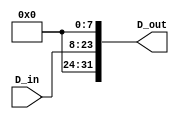
module lshifter(
  D_in,
  D_out
  );
  
  // Block Parameter 
  parameter DATA_WIDTH                   = 16;
  parameter LSHIFT_AMOUNT                = 8;
  
  // Block Input Port
  input  [DATA_WIDTH-1:0]                D_in; 
  
  // Block Output Port
  output [2*DATA_WIDTH-1:0]              D_out;
  
  // Block Input Wire/Reg
  wire   [DATA_WIDTH-1:0]                D_in;
  
  // Block Output Wire/Reg 
  wire   [2*DATA_WIDTH-1:0]              D_out;
  
  // Local Wire/Reg
  wire   [DATA_WIDTH-LSHIFT_AMOUNT-1:0]  prefix;
  wire   [LSHIFT_AMOUNT-1:0]             suffix;
  
  // Structural Definition
  assign prefix = 0;
  
  
  generate
   if(LSHIFT_AMOUNT==0) 
     begin : generate_no_lshift
       assign D_out = {prefix,D_in};
     end
   else 
     begin : generate_lshift
       assign D_out = {prefix,D_in,suffix};
       assign suffix = 0;
     end
  endgenerate
  
  // Behavioral Definition
endmodule